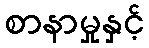
စာနာမှုနှင့်